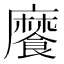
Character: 𩞁